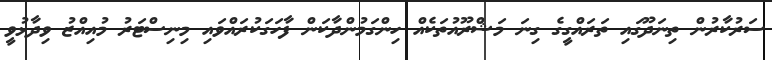
ސަރުކާރުން ތިނަދޫގައި ތަރައްގީގެ ގިނަ މަޝްރޫއުތަކެއް ހިންގަމުންދާކަން ފާހަގަކުރައްވައި މިނިސްޓަރު މުއިއްޒު ވިދާޅުވީ